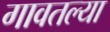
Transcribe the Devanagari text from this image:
गावतल्या